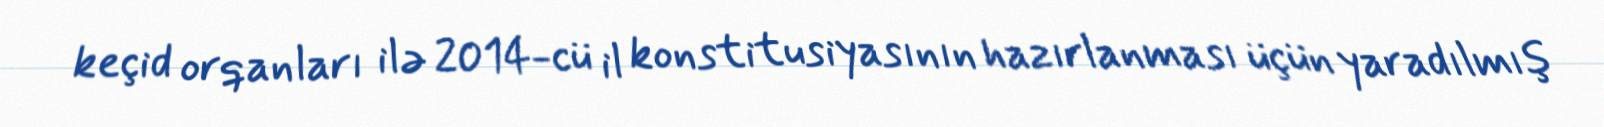
keçid orqanları ilə 2014-cü il konstitusiyasının hazırlanması üçün yaradılmış